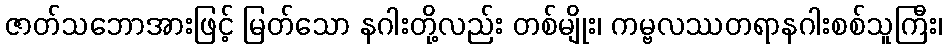
ဇာတ်သဘောအားဖြင့် မြတ်သော နဂါးတို့လည်း တစ်မျိုး၊ ကမ္ဗလဿတရာနဂါးစစ်သူကြီး၊